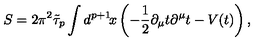
S = 2 \pi ^ { 2 } \tilde { \tau } _ { p } \int d ^ { p + 1 } \! x \left( - \frac { 1 } { 2 } \partial _ { \mu } t \partial ^ { \mu } t - V ( t ) \right) ,